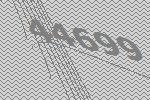
44699